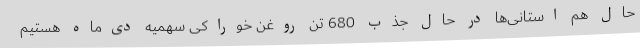
حال هم استانی‌ها در حال جذب 680 تن روغن خوراکی سهمیه دی‌ماه هستیم